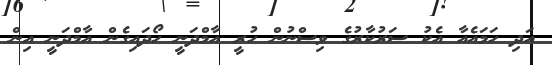
އަދި ހަމައެއާ އެކު ސަރުކާރުގެ ވިސްނުން ހުރީ އާމްދަނީ ހޯދައިގެން އާމްދަނީ އިން